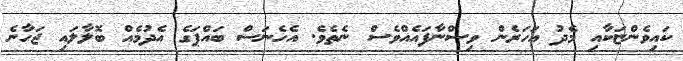
ކައިވެންޏަކާއި މެދު އަހަރެން ވިސްނާފައެއްވެސް ނެތެވެ. އެހެނަސް ބައްޕަގެ އެދުމެއް ބޮލާލައި ޖަހާނެ